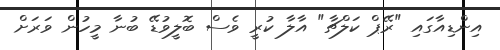
އިންޑިއާގައި "ރޭޕް ކަލްޗާ" އާލާ ކުރީ ވެސް ބޮލީވުޑޭ ބުނާ މީހުން ވަރަށް